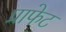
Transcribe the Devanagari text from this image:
प्राफेट